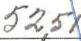
52,51